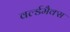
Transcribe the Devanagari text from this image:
वर्ल्डमैक्स